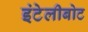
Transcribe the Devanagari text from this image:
इंटेलीबोट